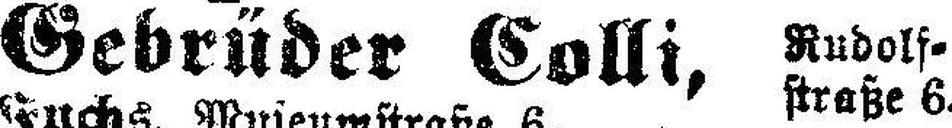
Gebrüder Colli,